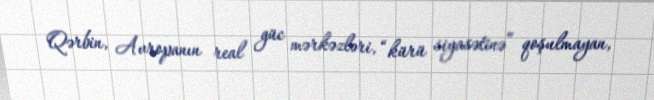
Qərbin, Avropanın real güc mərkəzləri, “kürü siyasətinə” qoşulmayan,